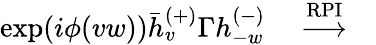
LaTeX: \exp(i\phi(vw))\bar{h}_{v}^{(+)}\Gamma h_{-w}^{(-)}\quad\stackrel{\mathrm{RPI}}{\longrightarrow}\quad